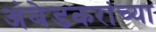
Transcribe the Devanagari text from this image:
अंबेडकरांच्या